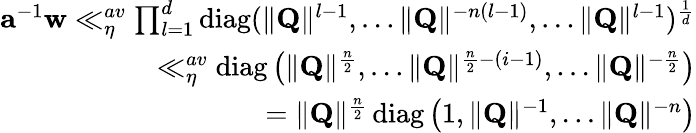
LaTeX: \begin{array}{r}{\mathbf{a}^{-1}\mathbf{w}\ll_{\eta}^{av}\prod_{l=1}^{d}\operatorname{diag}(\Vert\mathbf{Q}\Vert^{l-1},\dots\Vert\mathbf{Q}\Vert^{-n(l-1)},\dots\Vert\mathbf{Q}\Vert^{l-1})^{\frac{1}{d}}}\\ {\ll_{\eta}^{av}\operatorname{diag}\left(\Vert\mathbf{Q}\Vert^{\frac{n}{2}},\dots\Vert\mathbf{Q}\Vert^{\frac{n}{2}-(i-1)},\dots\Vert\mathbf{Q}\Vert^{-\frac{n}{2}}\right)}\\ {=\Vert\mathbf{Q}\Vert^{\frac{n}{2}}\operatorname{diag}\left(1,\Vert\mathbf{Q}\Vert^{-1},\dots\Vert\mathbf{Q}\Vert^{-n}\right)}\end{array}